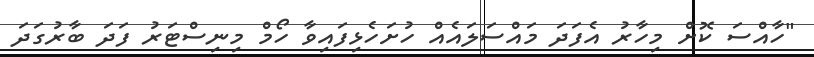
"ހާއްސަ ކޮށް މިހާރު އެފަދަ މައްސަލައެއް ހުށަހެޅިފައިވާ ހޯމް މިނިސްޓަރު ފަދަ ބާރުގަދަ